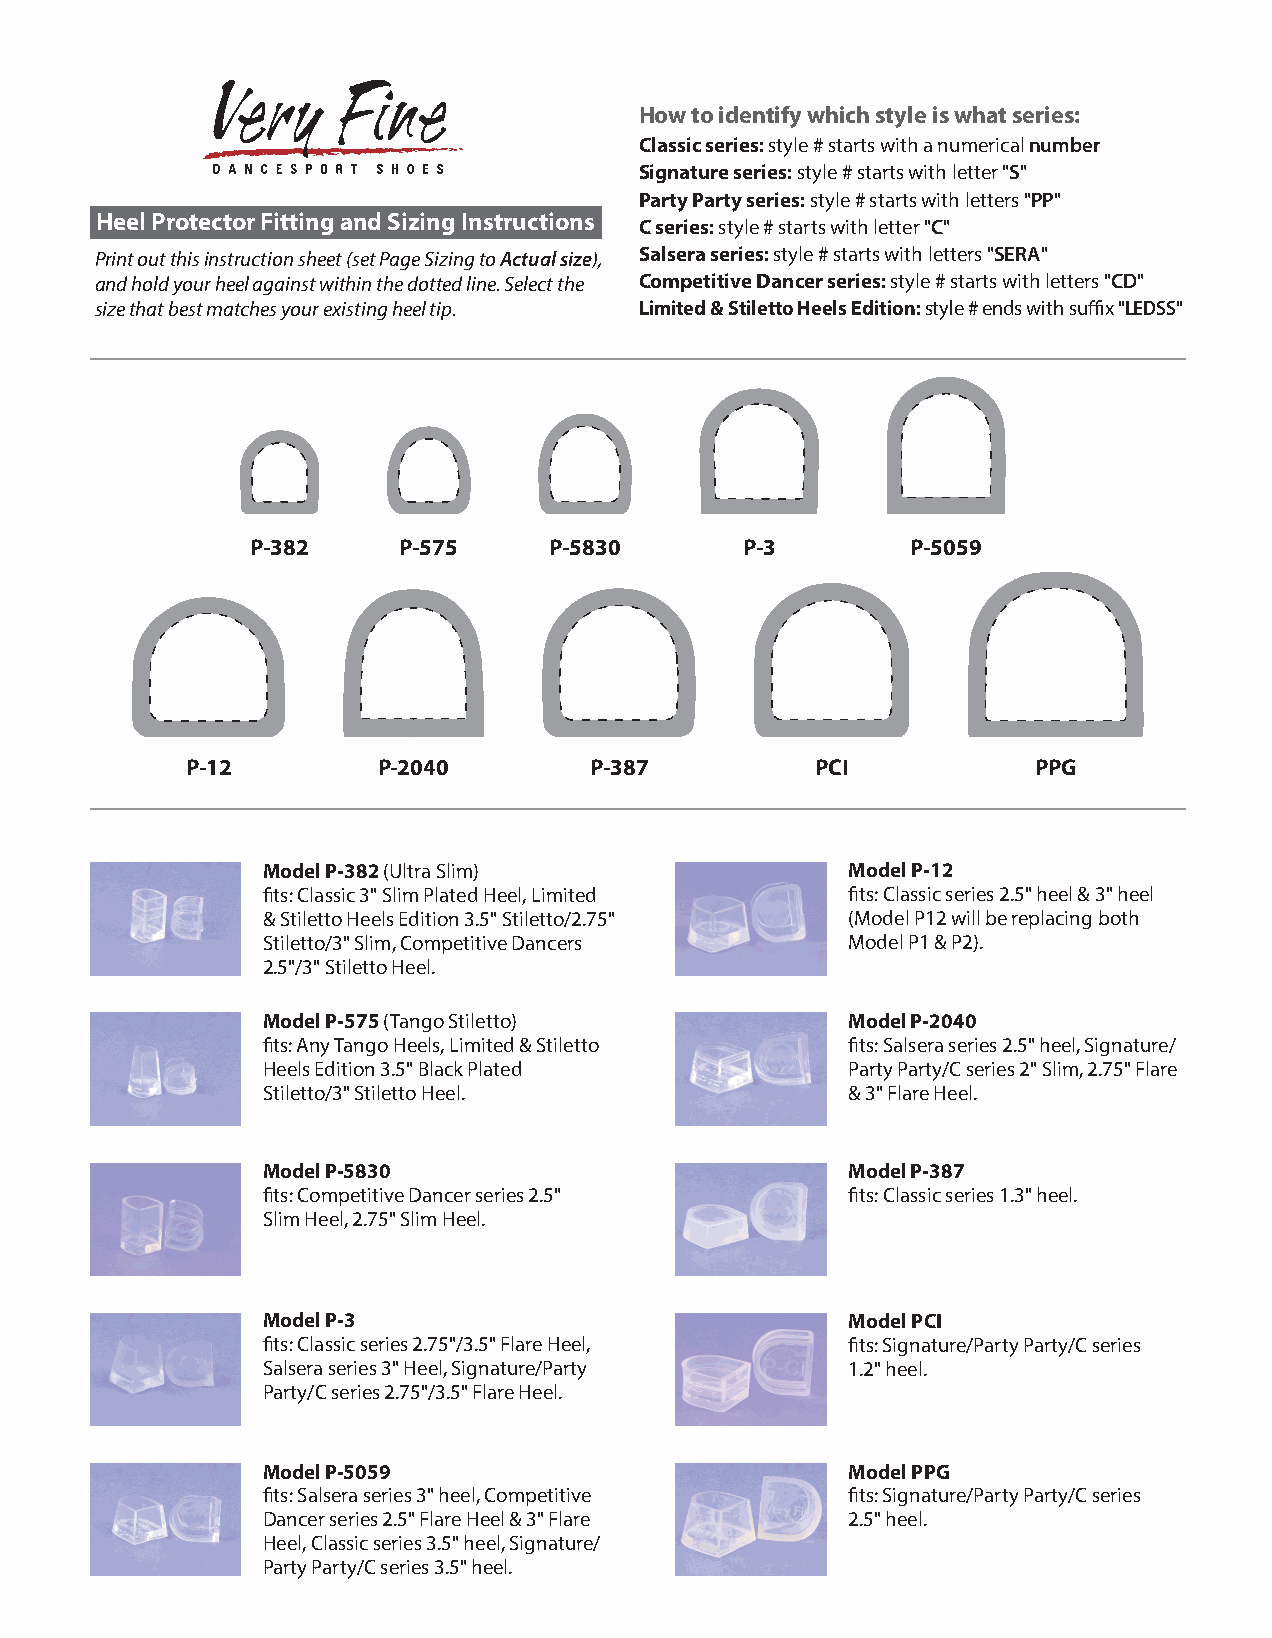
How to identify which style is what series:
 Classic series: style # starts with a numerical number
 Signature series: style # starts with letter "S"
 Party Party series: style # starts with letters "PP"
 Heel Protector Fitting and Sizing Instructions
 C series: style # starts with letter "C"
 Print out this instruction sheet (set Page Sizing to Actual size), Salsera series: style # starts with letters "SERA"
 and hold your heel against within the dotted line. Select the Competitive Dancer series: style # starts with letters "CD"
 size that best matches your existing heel tip. Limited & Stiletto Heels Edition: style # ends with suffix "LEDSS"
 P-382    P-575     P-5830       P-3        P-5059
 P-12         P-2040        P-387          PCI           PPG
 Model P-382 (Ultra Slim)               Model P-12
 fits: Classic 3" Slim Plated Heel, Limited fits: Classic series 2.5" heel & 3" heel
 & Stiletto Heels Edition 3.5" Stiletto/2.75" (Model P12 will be replacing both
 Stiletto/3" Slim, Competitive Dancers  Model P1 & P2).
 2.5"/3" Stiletto Heel.
 Model P-575 (Tango Stiletto)           Model P-2040
 fits: Any Tango Heels, Limited & Stiletto fits: Salsera series 2.5" heel, Signature/
 Heels Edition 3.5" Black Plated        Party Party/C series 2" Slim, 2.75" Flare
 Stiletto/3" Stiletto Heel.             & 3" Flare Heel.
 Model P-5830                           Model P-387
 fits: Competitive Dancer series 2.5"   fits: Classic series 1.3" heel.
 Slim Heel, 2.75" Slim Heel.
 Model P-3                              Model PCI
 fits: Classic series 2.75"/3.5" Flare Heel, fits: Signature/Party Party/C series
 Salsera series 3" Heel, Signature/Party 1.2" heel.
 Party/C series 2.75"/3.5" Flare Heel.
 Model P-5059                           Model PPG
 fits: Salsera series 3" heel, Competitive fits: Signature/Party Party/C series
 Dancer series 2.5" Flare Heel & 3" Flare 2.5" heel.
 Heel, Classic series 3.5" heel, Signature/
 Party Party/C series 3.5" heel.